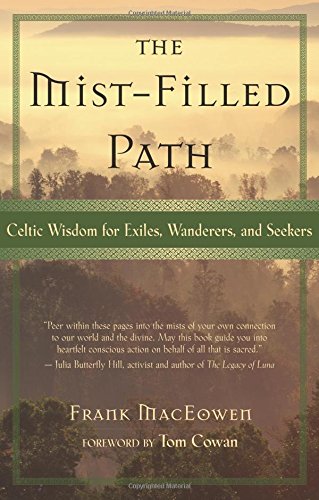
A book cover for The Mist-Filled Path: Celtic Wisdom for Exiles, Wanderers, and Seekers; Frank MacEowen; Literature & Fiction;